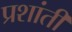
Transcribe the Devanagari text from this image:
प्रशांती